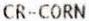
CR-CORN